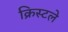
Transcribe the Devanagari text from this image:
क्रिस्टले